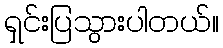
ရှင်းပြသွားပါတယ်။